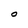
Character: O